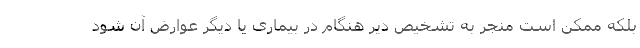
بلکه ممکن است منجر به تشخیص دیر هنگام در بیماری یا دیگر عوارض آن شود